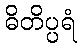
ဓိတိပ္ပရံ